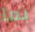
بما